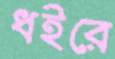
ধইরে